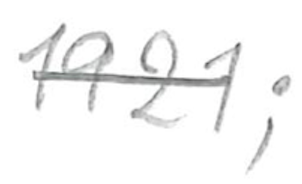
Text: 1921;
Cross-out: single-line
Writing tool: pencil